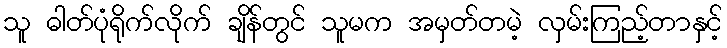
သူ ဓါတ်ပုံရိုက်လိုက် ချိန်တွင် သူမက အမှတ်တမဲ့ လှမ်းကြည့်တာနှင့်